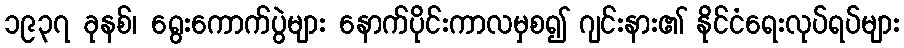
၁၉၃၇ ခုနစ်၊ ရွေးကောက်ပွဲများ နောက်ပိုင်းကာလမှစ၍ ဂျင်းနား၏ နိုင်ငံရေးလုပ်ရပ်များ